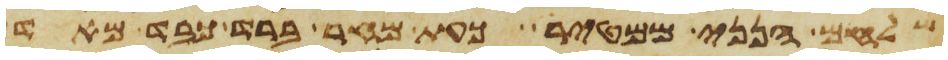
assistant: שלחם הנני ממטיר כעת מחר ברד כבד מאד